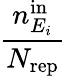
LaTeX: \frac{n_{E_{i}}^{\mathrm{in}}}{N_{\mathrm{rep}}}